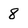
Character: 8